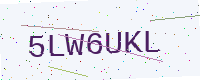
Text: 5LW6UKL